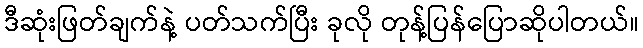
ဒီဆုံးဖြတ်ချက်နဲ့ ပတ်သက်ပြီး ခုလို တုန့်ပြန်ပြောဆိုပါတယ်။